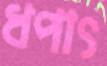
ধপাৎ